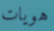
هويات